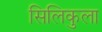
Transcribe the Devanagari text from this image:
सिलिकुला